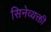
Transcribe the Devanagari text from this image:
सिनेव्यक्ती